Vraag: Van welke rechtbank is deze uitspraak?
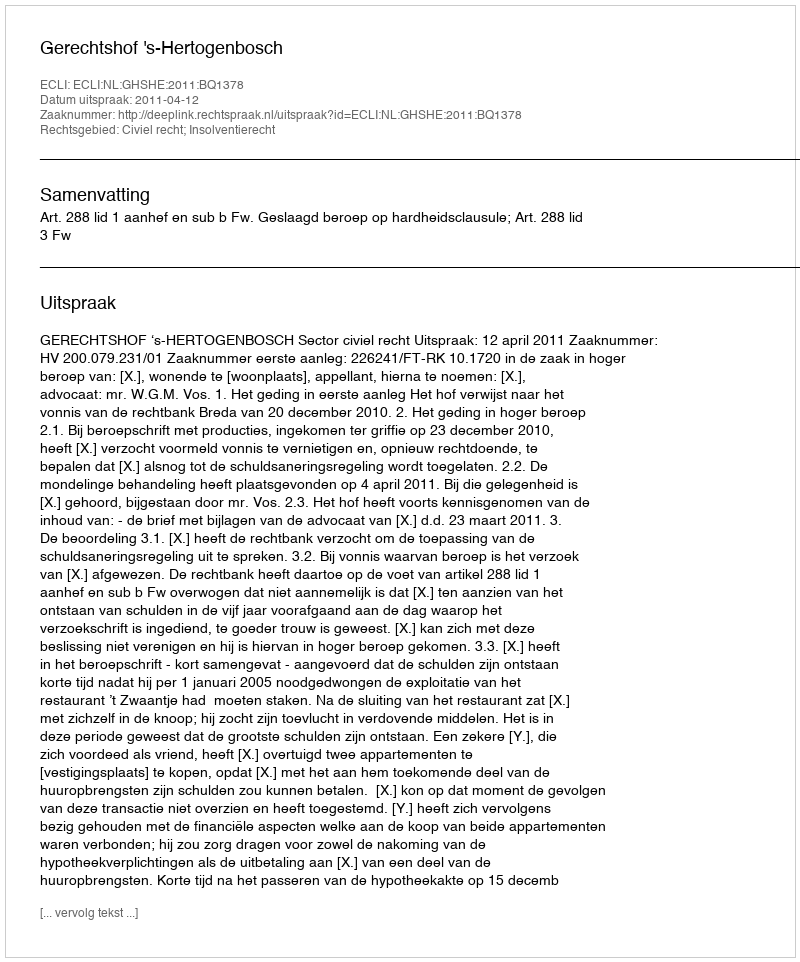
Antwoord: Gerechtshof 's-Hertogenbosch